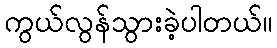
ကွယ်လွန်သွားခဲ့ပါတယ်။